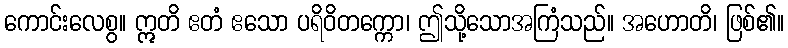
ကောင်းလေစွ။ ဣတိ ဧတံ ဧသော ပရိဝိတက္ကော၊ ဤသို့သောအကြံသည်။ အဟောတိ၊ ဖြစ်၏။